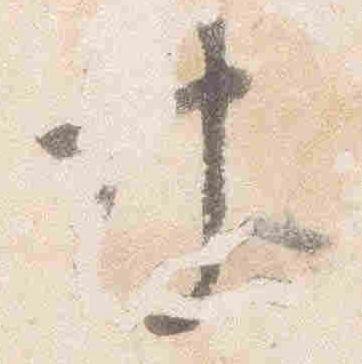
計